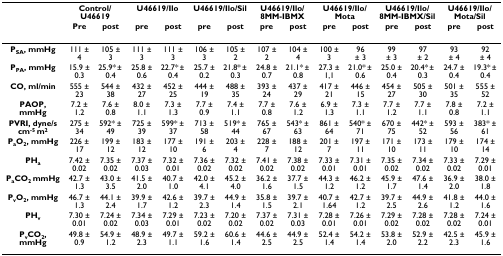
<table><thead><tr><td></td><td colspan="2"><b>Control/U46619</b></td><td colspan="2"><b>U46619/Ilo</b></td><td colspan="2"><b>U46619/Ilo/Sil</b></td><td colspan="2"><b>U46619/Ilo/8MM-IBMX</b></td><td colspan="2"><b>U46619/Ilo/Mota</b></td><td colspan="2"><b>U46619/Ilo/8MM-IBMX/Sil</b></td><td colspan="2"><b>U46619/Ilo/Mota/Sil</b></td></tr><tr><td></td><td><b>Pre</b></td><td><b>post</b></td><td><b>pre</b></td><td><b>post</b></td><td><b>pre</b></td><td><b>post</b></td><td><b>pre</b></td><td><b>post</b></td><td><b>pre</b></td><td><b>post</b></td><td><b>pre</b></td><td><b>post</b></td><td><b>pre</b></td><td><b>post</b></td></tr></thead><tbody><tr><td><b>P<sub>SA</sub>, mmHg</b></td><td>111 ± 4</td><td>105 ± 3</td><td>111 ± 3</td><td>111 ± 3</td><td>106 ± 3</td><td>105 ± 2</td><td>107 ± 2</td><td>104 ± 4</td><td>100 ± 3</td><td>96 ± 3</td><td>99 ± 3</td><td>97 ± 2</td><td>93 ± 4</td><td>92 ± 4</td></tr><tr><td><b>P<sub>PA</sub>, mmHg</b></td><td>15.9 ± 0.3</td><td>25.9* ± 0.4</td><td>25.8 ± 0.6</td><td>22.7* ± 0.4</td><td>25.7 ± 0.2</td><td>21.8* ± 0.3</td><td>24.8 ± 0.7</td><td>21.1* ± 0.8</td><td>27.3 ± 1,1</td><td>21.0* ± 0.6</td><td>25.0 ± 0.4</td><td>20.4* ± 0.3</td><td>24.7 ± 0.4</td><td>19.3* ± 0.4</td></tr><tr><td><b>CO, ml/min</b></td><td>555 ± 23</td><td>544 ± 38</td><td>432 ± 27</td><td>452 ± 25</td><td>444 ± 19</td><td>488 ± 35</td><td>393 ± 24</td><td>437 ± 29</td><td>417 ± 21</td><td>446 ± 15</td><td>454 ± 27</td><td>505 ± 30</td><td>501 ± 35</td><td>555 ± 52</td></tr><tr><td><b>PAOP, mmHg</b></td><td>7.2 ± 1.2</td><td>7.6 ± 0.8</td><td>8.0 ± 1.1</td><td>7.3 ± 1.3</td><td>7.7 ± 0.9</td><td>7.4 ± 1.1</td><td>7.7 ± 0.8</td><td>7.6 ± 1.2</td><td>6.9 ± 1.3</td><td>7.3 ± 1.1</td><td>7.7 ± 1.2</td><td>7.7 ± 1.1</td><td>7.8 ± 0.8</td><td>7.2 ± 1.1</td></tr><tr><td><b>PVRI, dyne/s cm<sup>-5 </sup>m<sup>2</sup></b></td><td>275 ± 34</td><td>592* ± 49</td><td>725 ± 39</td><td>599* ± 37</td><td>713 ± 58</td><td>519* ± 44</td><td>765 ± 67</td><td>543* ± 63</td><td>861 ± 64</td><td>540* ± 71</td><td>670 ± 75</td><td>442* ± 52</td><td>593 ± 56</td><td>383* ± 61</td></tr><tr><td><b>P<sub>a</sub>O<sub>2</sub>, mmHg</b></td><td>226 ± 17</td><td>199 ± 12</td><td>183 ± 12</td><td>177 ± 10</td><td>191 ± 6</td><td>203 ± 4</td><td>228 ± 7</td><td>188 ± 12</td><td>201 ± 7</td><td>197 ± 11</td><td>171 ± 10</td><td>173 ± 11</td><td>179 ± 10</td><td>174 ± 14</td></tr><tr><td><b>PH<sub>a</sub></b></td><td>7.42 ± 0.02</td><td>7.35 ± 0.02</td><td>7.37 ± 0.03</td><td>7.32 ± 0.01</td><td>7.36 ± 0.02</td><td>7.32 ± 0.02</td><td>7.41 ± 0.02</td><td>7.38 ± 0.02</td><td>7.33 ± 0.01</td><td>7.31 ± 0.01</td><td>7.35 ± 0.02</td><td>7.34 ± 0.02</td><td>7.33 ± 0.02</td><td>7.29 ± 0.01</td></tr><tr><td><b>P<sub>a</sub>CO<sub>2 </sub>mmHg</b></td><td>42.7 ± 1.3</td><td>43.0 ± 3.5</td><td>41.5 ± 2.0</td><td>40.7 ± 1.0</td><td>42.0 ± 4.1</td><td>45.2 ± 4.0</td><td>36.2 ± 1.6</td><td>37.7 ± 1.5</td><td>44.3 ± 1.2</td><td>46.2 ± 1.2</td><td>45.9 ± 1.7</td><td>47.6 ± 1.4</td><td>36.9 ± 2.0</td><td>38.0 ± 1.8</td></tr><tr><td><b>P<sub>v</sub>O<sub>2</sub>, mmHg</b></td><td>46.7 ± 1.3</td><td>44.1 ± 2.4</td><td>39.9 ± 1.7</td><td>42.6 ± 1.2</td><td>39.7 ± 2.3</td><td>44.9 ± 1.4</td><td>35.8 ± 1.5</td><td>39.7 ± 2.1</td><td>40.7 ± 1.64</td><td>42.7 ± 1.2</td><td>39.7 ± 2.5</td><td>44.9 ± 2.6</td><td>41.8 ± 1.2</td><td>44.0 ± 1.6</td></tr><tr><td><b>PH<sub>v</sub></b></td><td>7.30 ± 0.01</td><td>7.24 ± 0.02</td><td>7.34 ± 0.03</td><td>7.29 ± 0.01</td><td>7.23 ± 0.02</td><td>7.20 ± 0.02</td><td>7.37 ± 0.02</td><td>7.31 ± 0.03</td><td>7.28 ± 0.01</td><td>7.26 ± 0.01</td><td>7.29 ± 0.02</td><td>7.28 ± 0.02</td><td>7.28 ± 0.02</td><td>7.24 ± 0.01</td></tr><tr><td><b>P<sub>v</sub>CO<sub>2</sub>, mmHg</b></td><td>49.8 ± 0.9</td><td>54.9 ± 1.2</td><td>48.9 ± 2.3</td><td>49.7 ± 1.1</td><td>59.2 ± 1.6</td><td>60.6 ± 1.4</td><td>44.6 ± 2.5</td><td>44.9 ± 2.5</td><td>52.4 ± 1.4</td><td>54.2 ± 1.4</td><td>53.8 ± 2.0</td><td>52.9 ± 2.2</td><td>42.5 ± 2.3</td><td>45.9 ± 1.6</td></tr></tbody></table>